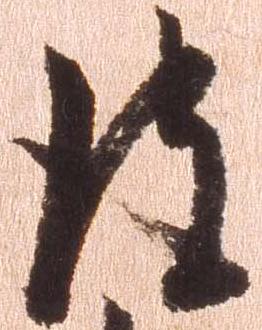
彼